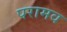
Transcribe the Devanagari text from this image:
परामव